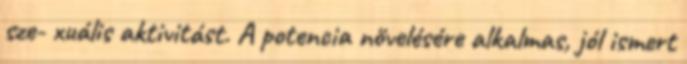
sze- xuális aktivitást. A potencia növelésére alkalmas, jól ismert